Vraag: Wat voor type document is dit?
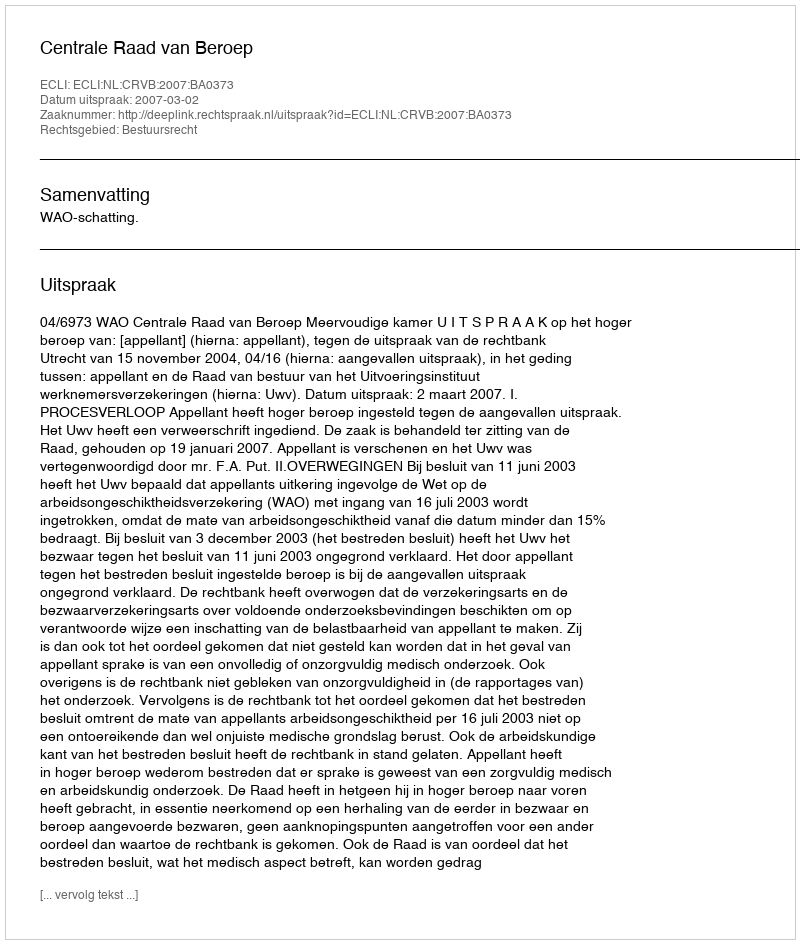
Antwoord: Uitspraak